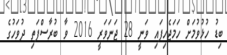
ބިޑު ހުޅުވުމަށް ހަމަޖެހިފައި ވަނީ 28 ޖަނަވަރީ 2016 ވާ ބުރާސްފަތި ދުވަހުގެ